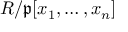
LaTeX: R / { \mathfrak { p } } [ x _ { 1 } , \dots , x _ { n } ]